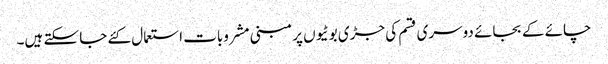
چائے کے بجائے دوسری قسم کی جڑی بوٹیوں پر مبنی مشروبات استعمال کئے جا سکتے ہیں۔